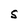
Character: S